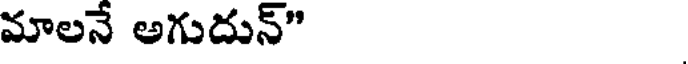
మాలనే అగుదున్"